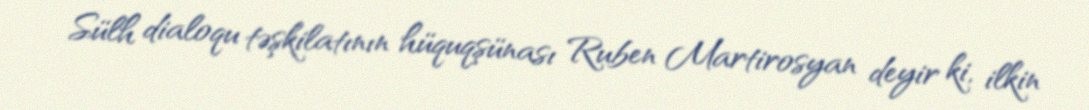
Sülh dialoqu təşkilatının hüquqşünası Ruben Martirosyan deyir ki, ilkin